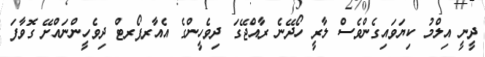
ދީނީ އިލްމު ކިޔަވައިގެންވެސް ލާރީ ހޯދޭނެ ރާއްޖޭގަ ދިވެހީންގެ އެއާރޕޯރޓް ދިވެހީންނައްށޭ ގޮވާފަ